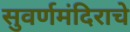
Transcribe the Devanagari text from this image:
सुवर्णमंदिराचे